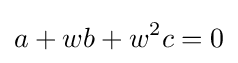
a+wb+w^{2}c=0